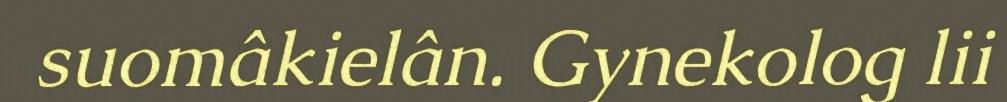
suomâkielân. Gynekolog lii